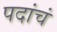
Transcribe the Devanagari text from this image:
पदांचं